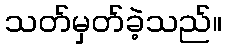
သတ်မှတ်ခဲ့သည်။